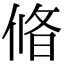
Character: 㫦